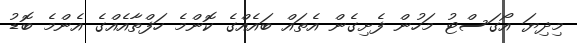
މިދިޔަ އޯގަސްޓު މަހުން ފެށިގެން އެތައް ބައެއްގެ ކޮންމެ ހަފްތާއެއްގެ އެންމެ ބޮޑު